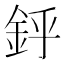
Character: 䤣